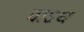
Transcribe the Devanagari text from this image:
वाऽथ